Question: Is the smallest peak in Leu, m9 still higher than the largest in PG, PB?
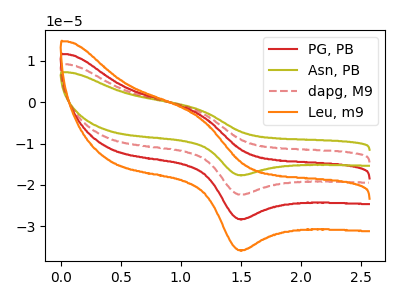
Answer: <think>The red curve "PG, PB" has an anodic peak at (1.15V, -2.85uA) and a cathodic peak at (1.50V, -28.30uA). The olive curve "Asn, PB" has an anodic peak at (1.15V, -8.50uA) and a cathodic peak at (1.50V, -84.85uA). The red dashed curve "dapg, M9" has an anodic peak at (1.15V, -5.65uA) and a cathodic peak at (1.50V, -56.55uA). The orange curve "Leu, m9" has an anodic peak at (1.15V, -3.60uA) and a cathodic peak at (1.50V, -35.80uA).</think>
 <answer>The peaks in "Leu, m9" are neither all higher or all lower than the peaks in "PG, PB".</answer>
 <eval>mixed</eval>